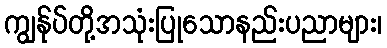
ကျွန်ုပ်တို့အသုံးပြုသောနည်းပညာများ၊